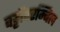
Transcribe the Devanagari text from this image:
वट्टोंपरम्बिल